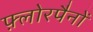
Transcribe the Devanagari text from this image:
फ़्लोरपैनों